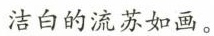
洁白的流苏如画。